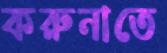
করুনাতে